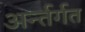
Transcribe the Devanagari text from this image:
अर्न्तर्गत